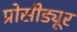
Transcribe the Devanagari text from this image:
प्रोसीड्यूर